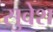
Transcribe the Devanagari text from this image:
सुवेश